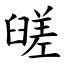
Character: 䑘